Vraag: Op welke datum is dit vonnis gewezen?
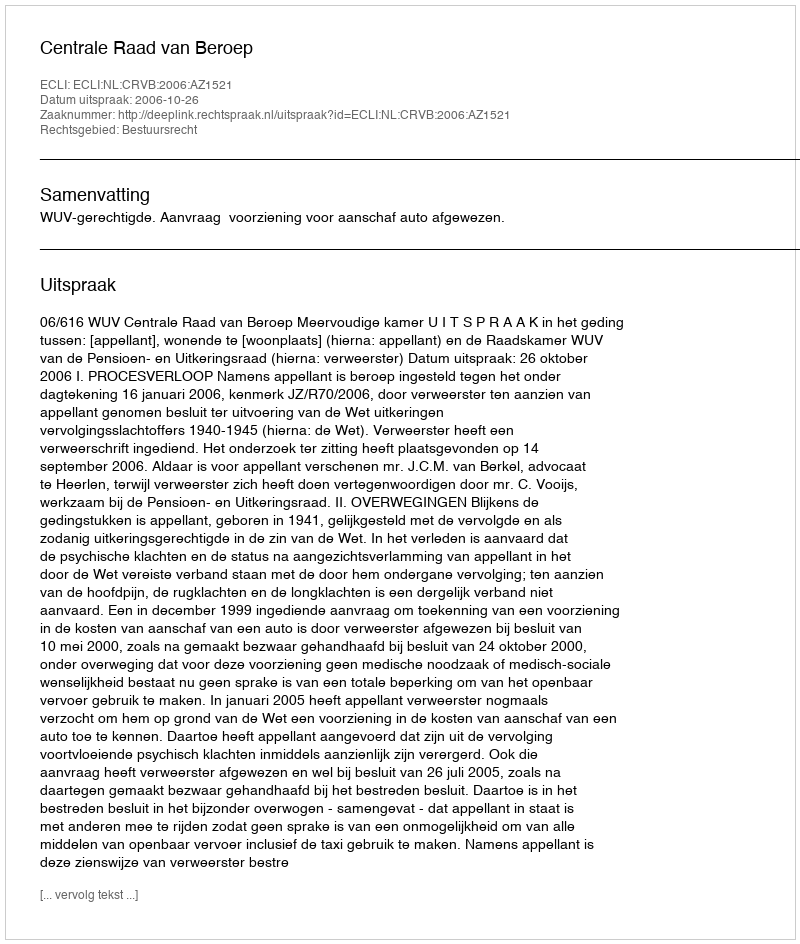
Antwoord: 2006-10-26